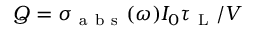
Q = \sigma _ { \mathrm { ~ a ~ b ~ s ~ } } ( \omega ) I _ { 0 } \tau _ { \mathrm { ~ L ~ } } / V